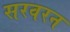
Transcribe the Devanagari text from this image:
सरवरन